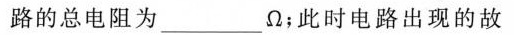
路的总电阻为___\Omega ；此时电路出现的故